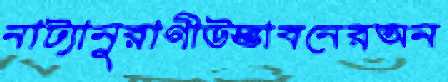
নাট্যানুরাগীউদ্ভাবনেরঅন